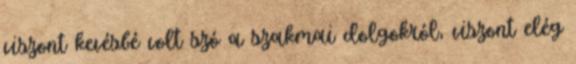
viszont kevésbé volt szó a szakmai dolgokról, viszont elég